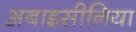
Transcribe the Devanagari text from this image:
अबाइसीनिया